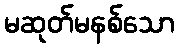
မဆုတ်မနစ်သော